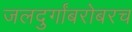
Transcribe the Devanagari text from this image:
जलदुर्गांबरोबरच